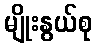
မျိုးနွယ်စု